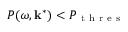
P ( \omega , \mathbf { k } ^ { * } ) < P _ { \mathrm { ~ t ~ h ~ r ~ e ~ s ~ } }